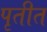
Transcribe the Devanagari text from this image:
पृतीत